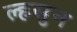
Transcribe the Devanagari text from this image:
ल्हसुन